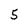
Character: 5